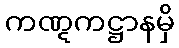
ကဏ္ဋကဋ္ဌာနမှိ